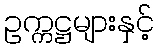
ဥက္ကဋ္ဌများနှင့်